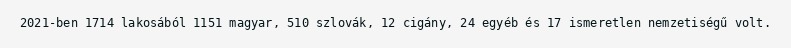
2021-ben 1714 lakosából 1151 magyar, 510 szlovák, 12 cigány, 24 egyéb és 17 ismeretlen nemzetiségű volt.